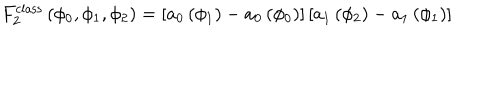
LaTeX: F _ { 2 } ^ { \mathrm { c l a s s } } \left( \phi _ { 0 } , \phi _ { 1 } , \phi _ { 2 } \right) = \left[ a _ { 0 } \left( \phi _ { 1 } \right) - a _ { 0 } \left( \phi _ { 0 } \right) \right] \left[ a _ { 1 } \left( \phi _ { 2 } \right) - a _ { 1 } \left( \phi _ { 1 } \right) \right]